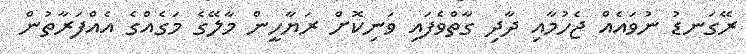
ރޭގަނޑު ނުވައެއް ޖެހުމާއި ދާދި ގާތްވެފައި ވަނިކޮށް ރަޔާހީން މާލޭގެ މަގެއްގެ އެއްފަރާތުން